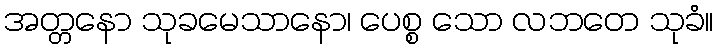
အတ္တနော သုခမေသာနော၊ ပေစ္စ သော လဘတေ သုခံ။